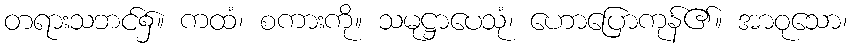
တရားသဘင်၌။ ကထံ၊ စကားကို။ သမုဋ္ဌာပေသုံ၊ ဟောပြောကုန်၏။ အာဝုသော၊